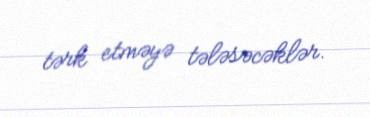
tərk etməyə tələsəcəklər.